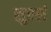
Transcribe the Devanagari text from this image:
सुरलं